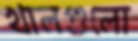
খালগুলো